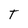
Character: t